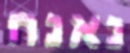
נאנח